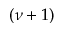
( \nu + 1 )